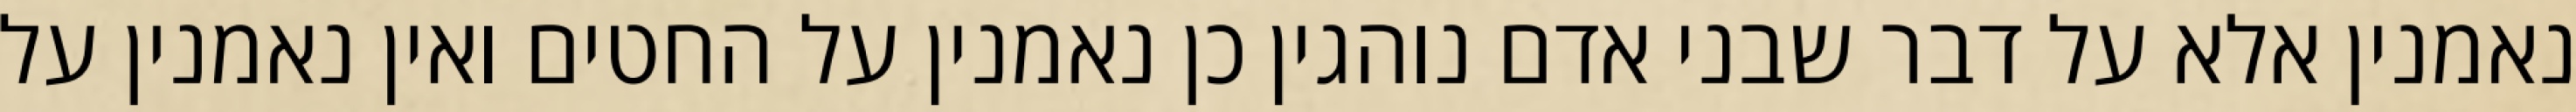
נאמנין אלא על דבר שבני אדם נוהגין כן נאמנין על החטים ואין נאמנין על